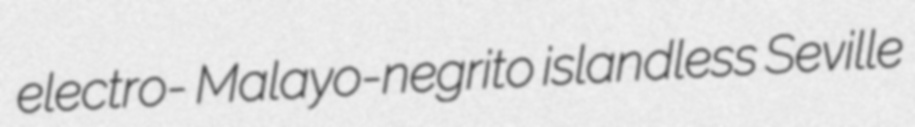
electro- Malayo-negrito islandless Seville